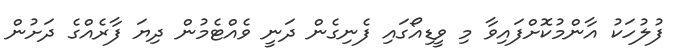
ފުލުހަކު އާންމުކޮށްފައިވާ މި ވީޑިއޯގައި ފެނިގެން ދަނީ ވެއްޓެމުން ދިޔަ ފާރެއްގެ ދަށުން